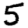
Digit: 5